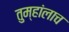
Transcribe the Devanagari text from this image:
तुम्हांलाच